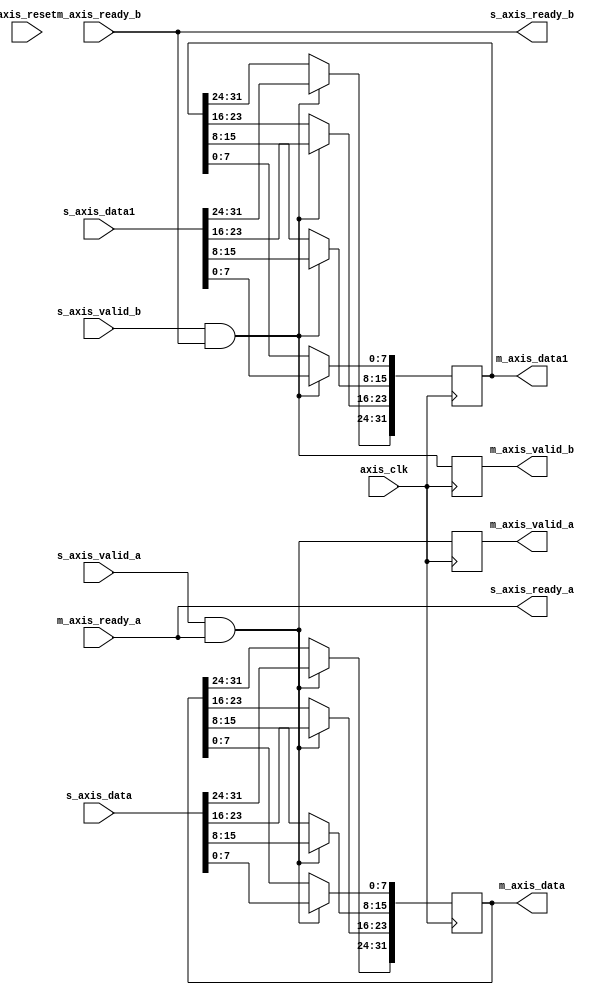
`timescale 1ns / 1ps
//////////////////////////////////////////////////////////////////////////////////
// Company: 
// Engineer: 
// 
// Design Name: 
// Module Name: FP_adder
// Project Name: 
// Target Devices: 
// Tool Versions: 
// Description: 
// 
// Dependencies: 
// 
// Revision:
// Revision 0.01 - File Created
// Additional Comments:
// 
//////////////////////////////////////////////////////////////////////////////////

module axi_stream #(parameter data=32)
(

input axis_clk,
input axis_reset,
input s_axis_valid_a,
input s_axis_valid_b,
input [data-1:0] s_axis_data,
input [data-1:0] s_axis_data1,

output s_axis_ready_a,
output s_axis_ready_b,
//AXI4 Master
output reg m_axis_valid_a,
output reg m_axis_valid_b,
output reg [data-1:0]m_axis_data,
output reg [data-1:0]m_axis_data1,
input m_axis_ready_a,
input m_axis_ready_b

    );
    integer i;
    assign s_axis_ready_a=m_axis_ready_a;
    assign s_axis_ready_b=m_axis_ready_b;
    always @(posedge axis_clk)
    begin
       if(s_axis_valid_a & s_axis_ready_a)
       begin
          for(i=0;i<data/8;i=i+1)
          begin
             m_axis_data[i*8+:8]<=s_axis_data[i*8+:8];
             //m_axis_data1[i*8+:8]<=s_axis_data1[i*8+:8];
               
          end
                
       end
    end
    always @(posedge axis_clk)
        begin
           if(s_axis_valid_b & s_axis_ready_b)
           begin
              for(i=0;i<data/8;i=i+1)
              begin
                 //m_axis_data[i*8+:8]<=s_axis_data[i*8+:8];
                 m_axis_data1[i*8+:8]<=s_axis_data1[i*8+:8];
                   
              end
                    
           end
        end
    always @(posedge axis_clk)
    begin
       m_axis_valid_a <= s_axis_valid_a & s_axis_ready_a;
    end
    always @(posedge axis_clk)
        begin
           m_axis_valid_b <= s_axis_valid_b & s_axis_ready_b;
        end
    
  wire [31:0] m_out;
  wire [24:0]test;
  wire [7:0]shi;
  wire c_o;
  
  float_adder axi_inter(m_axis_data[31:0],m_axis_data1[31:0],m_out[31:0],test[24:0],shi[7:0],c_o);
endmodule
module float_adder(
    input [31:0] a,
    input [31:0] b,
    output [31:0] Out,
	 output [24:0] Out_test,
	 output [7:0] shift,
	 output c_out
    );
	wire [7:0] sm,exp_out_mux,exp_out_inc;
	wire sel_b,sel_a,inc,sel_c,sm_alu_sign;
	wire [24:0] fl_add_out,final_out;
	wire [22:0] frac_out;
	assign c_out = Out_test[24:24];
	float_sm_alu sm_alu1(a[30:23],b[30:23],sm[7:0],sm_alu_sign);
	float_control_2 fc1(sm[7:0],c_out,sm_alu_sign,sel_b,sel_a,shift,inc,sel_c);
	float_add fl_add(a[22:0],b[22:0],shift[7:0],sel_b,sel_a,Out_test);
	exp_mux e1(a[30:23],b[30:23],sel_c,exp_out_mux);
	final_Op f5(exp_out_mux,inc,Out_test,exp_out_inc,final_out);
	assign frac_out = final_out[22:0];
	assign Out = {a[31:31],exp_out_inc,frac_out};
endmodule
        





module float_add(
    input [22:0] a,
    input [22:0] b,
    input [7:0] shift,
    input sel_b,
    input sel_a,
    output reg [24:0] Out
    );

	wire [23:0] sr_input, alu_input_a;
reg [23:0]	alu_input_b;
	fraction_mux mux0({1'b1,a},{1'b1,b},sel_a,alu_input_a);
	fraction_mux mux1({1'b1,a},{1'b1,b},sel_b,sr_input);
	always@(*)
	begin
	 alu_input_b = sr_input >> shift;
	 Out = alu_input_a + alu_input_b;
	end
endmodule
module exp_mux(
    input [7:0] exp_a,
    input [7:0] exp_b,
    input sel_c,
    output [7:0] exp_out
    );

	assign exp_out = (sel_c) ? exp_b : exp_a;
endmodule

module final_Op(
    input [7:0] exp_diff,
    input inc_control,
    input [24:0] shifter,
    output reg[7:0] exp_out,
    output reg [24:0] frac_out
    );

	always@(*)
	begin
		if(inc_control > 0)
			begin
				exp_out = exp_diff + 8'b1;
				frac_out = shifter >> 1'b1;
			end

		else
			begin
				exp_out = exp_diff - 8'b0;
				frac_out = shifter << 1'b0;				
			end
	end
endmodule
module float_control_2(
    input [7:0] exp_diff,
    input c_out,
	 input sm_alu_sign,
    output reg sel_b,
    output reg sel_a,
    output reg [7:0] shift,
	 output reg inc,
	 output reg sel_c
    );
always@(exp_diff or sm_alu_sign or c_out)
	begin
		if(sm_alu_sign ==  0)
			begin
				sel_a = 1'b0; 	
                sel_b = 1'b1; 			
                sel_c = 1'b0; 				
                shift = exp_diff;
			end
		else
			begin
				sel_a = 1'b1; 				
                 sel_b = 1'b0; 				
                sel_c = 1'b1;				
                 shift = ~exp_diff +1;
		end
	end
	always@(c_out)
		begin
		if(c_out > 0)
				inc = 1'b1;
		else
				inc = 1'b0;
		end
endmodule


module float_sm_alu(
    input [7:0] a,
    input [7:0] b,
    output reg [7:0] c,
	 output reg sign
    );
	
	always@(a or b)
	begin
		if(a >= b)
		begin
			c = a-b;
			sign = 1'b0;
		end
		else
		begin
			c=a-b;
			sign = 1'b1;
		end
	end
endmodule
module fraction_mux(
    input [23:0] a,
    input [23:0] b,
    input sel,
    output [23:0] Out
    );
	assign Out = (sel) ? b : a;
endmodule